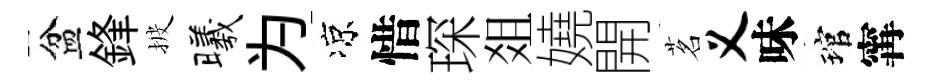
盆鋒披曦为凉惜琛爼嬈開茗义味琯𡩋